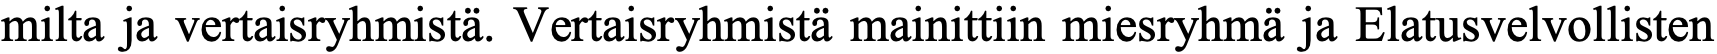
milta ja vertaisryhmistä. Vertaisryhmistä mainittiin miesryhmä ja Elatusvelvollisten